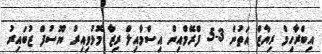
އިބްރާހިމް ރިޔާޒް އަތުން 3-5 ފްރޭމްއިން އިސްމާއިލް ރިޒާ މޮޅުވިއިރު ޔޫސުފް ޒުބައިރު